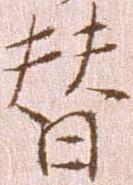
替